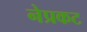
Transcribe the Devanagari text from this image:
नेप्रकट